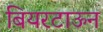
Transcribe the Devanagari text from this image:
बियरटाऊन